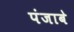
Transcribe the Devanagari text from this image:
पंजाबे